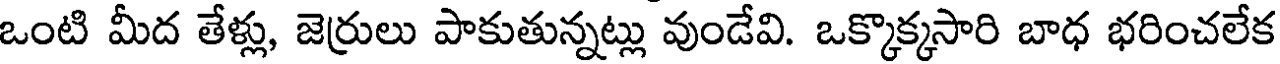
ఒంటి మీద తేళ్లు, జెర్రులు పాకుతున్నట్లు వుండేవి. ఒక్కొక్కసారి బాధ భరించలేక